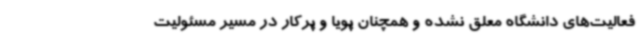
فعالیت‌های دانشگاه معلق نشده و همچنان پویا و پرکار در مسیر مسئولیت